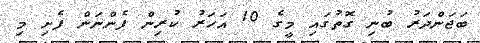
ބަޖަންދަރު ބުނި ގޮތުގައި މީގެ 10 އަހަރު ކުރިން ފެންނަން ފެށި މި